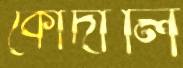
কোদালি